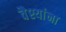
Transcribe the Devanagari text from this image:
वैश्यांना